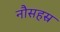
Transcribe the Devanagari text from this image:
नौसहस्र